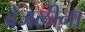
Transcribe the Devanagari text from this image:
ब्रेंजलीना